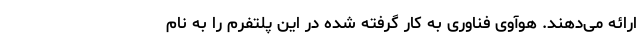
ارائه می‌دهند. هوآوی فناوری به کار گرفته شده در این پلتفرم را به نام